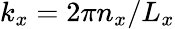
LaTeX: k_{x}=2\pi n_{x}/L_{x}